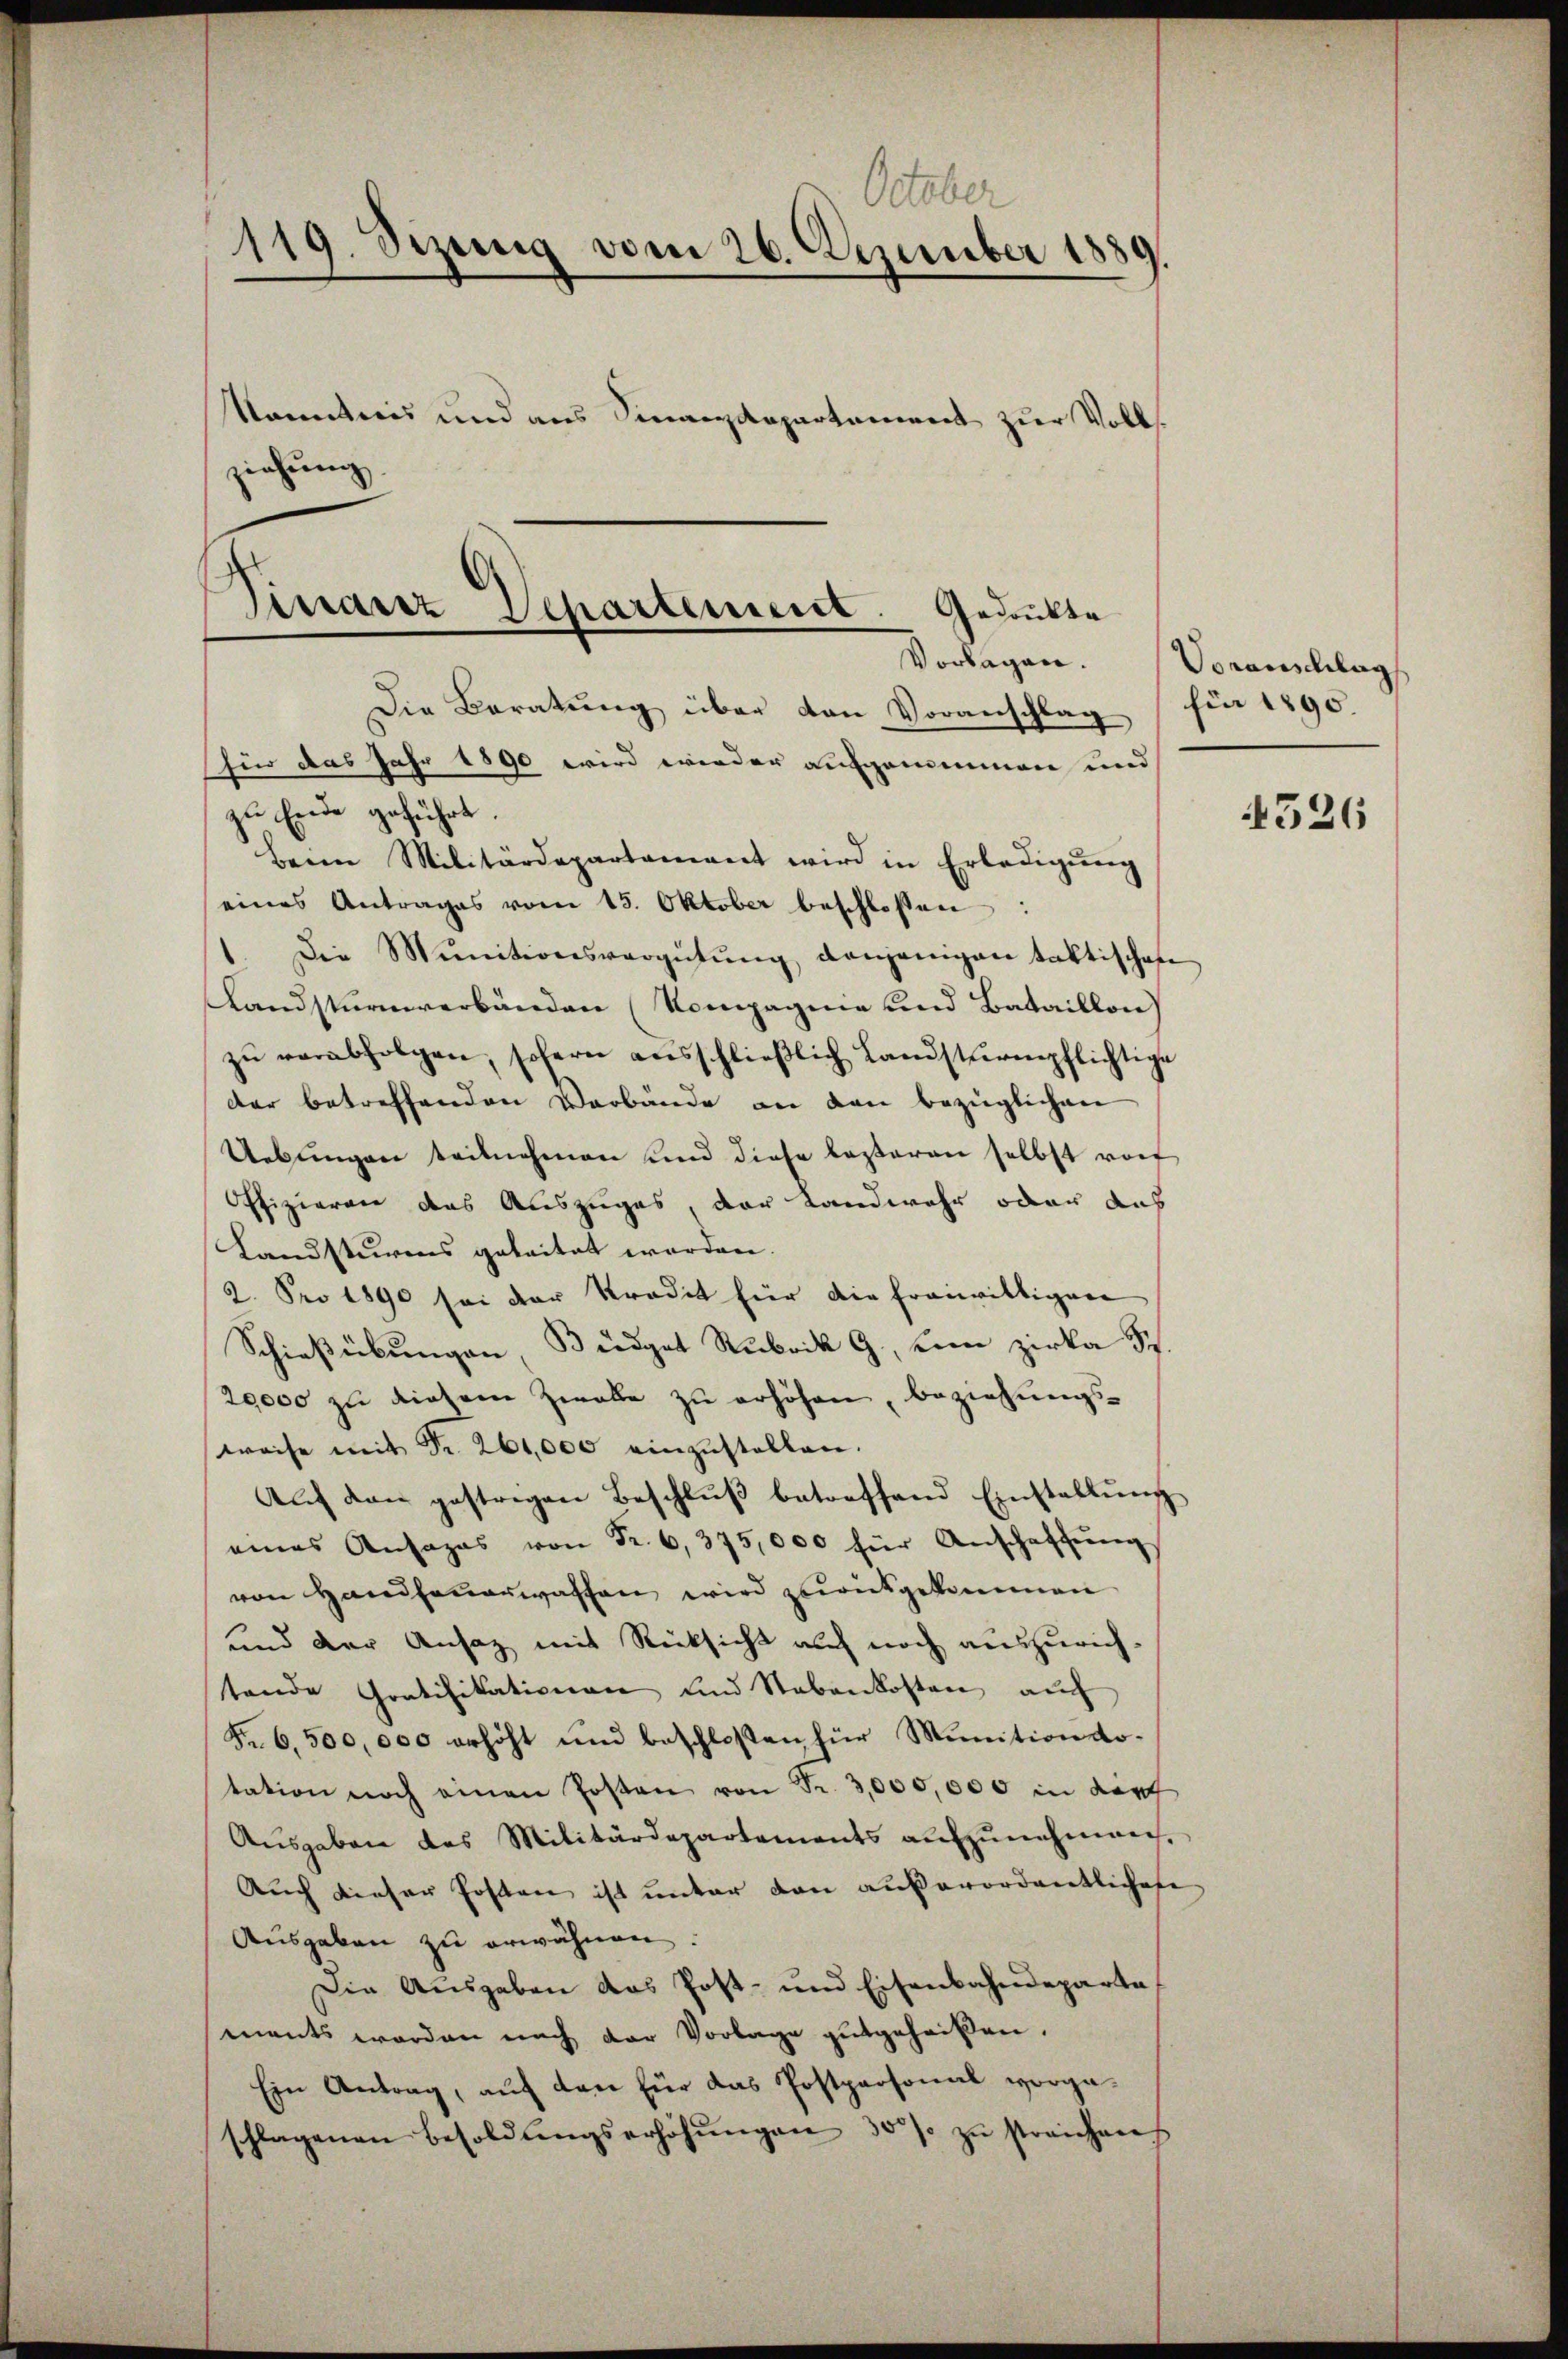
October
119. Sizung vom 26. Dezember 1889
Kenntnis und aus Finanzdepartement zur Volksziehung

Finanz Departement. Gedukte
Vorlagen.
Die Beratŭng über den Voranschlag

für das Jahr 1890 wird wieder aufgemeinen und
zu Ende geführt.
beim Militärdepartament wird in Erledigŭng
eines Antrages vom 15. Oktober beschlossen:
". Die Munitionsvergütŭng denjenigen taktischen
Landsturnverbänden (Kompagnie und Bataillon
zŭ verabfolgen, sofern aŭsschlieβlich Landsturmpflichtige
der betreffenden Verbände an den bezüglichen
Uebŭngen teilnehmen und diese lezteren selbst rot
Offizieren des Auszuges, der Landwehr oder auf
Landsturms geleitet worden.
2. Pro 1890 sei der Kredit für die franwältigen
Schießübungen, Büdget Rubrik G., um zirka St.
29000 zu diesem Ziele zu erhöhen, beziehungsweise mit Nr. 261,000 einzŭstellen.
Auf den gestrigen Beschlŭβ betreffend Einstallŭng
eines Ansazas von Fr. 6, 375,000 für Anschaffŭng
von Handhauerwassen wird zurükgekommen
und der Ansaz mit Rücksicht auch noch auszurichtende Gratifikationen und Stabenkosten auch
Fr. 6.500,000 erhöht und beschlossen für Munitionso-
tation noch einen Posten von Fr. 3,000,000 in darf
Aŭsgaben des Militärdepartements aŭfzŭnehmen.
Auch dieser Posten ist unter den außerordentlichere
Ausgaben zu erwähnen.
Die Ausgaben das Post- und Eisenbahndeparta
ments worden nach der Vorlage gutgeheißen.
Ein Antrag, auf den für das Postpersonal vorgeschlagenen Besoldŭngserhöhŭngen 300 s zu streichens

Voranschlag
für 1890.

526